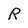
Character: R